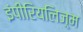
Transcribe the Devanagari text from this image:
इंपीरियलिज़्म